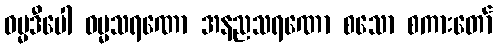
ဓမ္မဒီပေါ ဓမ္မသရဏော အနညသရဏော စသော စကားတော်